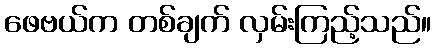
ဖေဗယ်က တစ်ချက် လှမ်းကြည့်သည်။